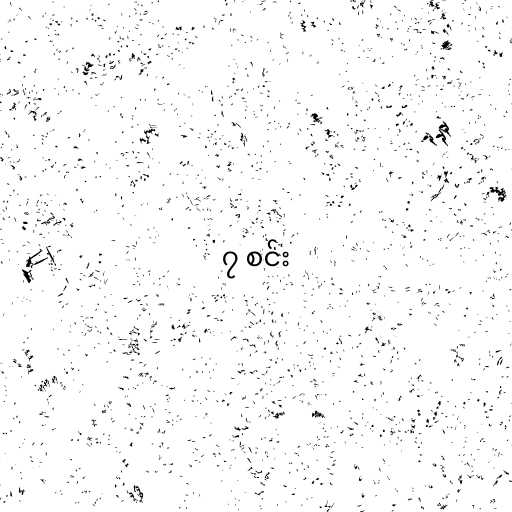
၇ စင်း